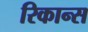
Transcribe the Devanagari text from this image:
रिकान्स